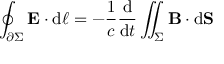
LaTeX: \oint _ { \partial \Sigma } \mathbf { E } \cdot \mathrm { d } { \boldsymbol { \ell } } = - { \frac { 1 } { c } } { \frac { \mathrm { d } } { \mathrm { d } t } } \iint _ { \Sigma } \mathbf { B } \cdot \mathrm { d } \mathbf { S }